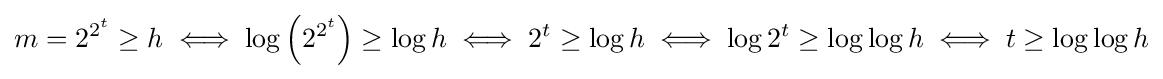
m=2^{2^{t}}\geq h\iff \log \left(2^{2^{t}}\right)\geq \log h\iff 2^{t}\geq \log h\iff \log {2^{t}}\geq \log {\log h}\iff t\geq \log {\log h}